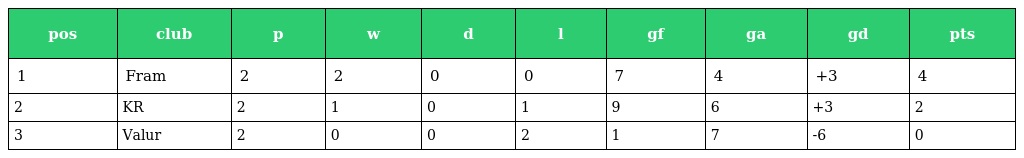
| pos | club | p | w | d | l | gf | ga | gd | pts |
 | --- | --- | --- | --- | --- | --- | --- | --- | --- | --- |
 | 1 | Fram | 2 | 2 | 0 | 0 | 7 | 4 | +3 | 4 |
 | 2 | KR | 2 | 1 | 0 | 1 | 9 | 6 | +3 | 2 |
 | 3 | Valur | 2 | 0 | 0 | 2 | 1 | 7 | -6 | 0 |